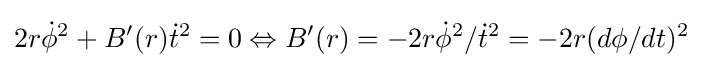
2r{\dot {\phi }}^{2}+B'(r){\dot {t}}^{2}=0\Leftrightarrow B'(r)=-2r{\dot {\phi }}^{2}/{\dot {t}}^{2}=-2r(d\phi /dt)^{2}